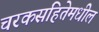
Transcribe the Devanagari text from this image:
चरकसंहितेमधील